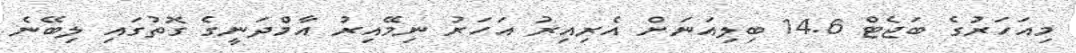
މިއަހަރުގެ ބަޖެޓް 14.6 ބިލިއަނަށް އެރިއިރު އަހަރު ނިމޭއިރު އާމްދަނީގެ ގޮތުގައި ލިބޭނެ